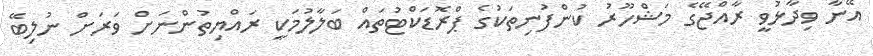
އޭނާ ވިދާޅުވީ ރާއްޖޭގެ މަޝްހޫރު ކުންފުނިތަކުގެ ޕްރޮޑަކްޓުތައް ބަލާލުމަކީ ރައްޔިތުންނަށް ވަރަށް ނުލިބޭ